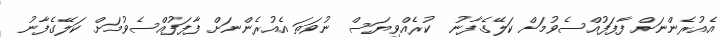
އެއުރެންނަށް ފާފަފުއްސެވުމަށް ކަލޭގެފާނު  ކުރެއްވިޔަސް ނުވަތަ އެއުރެންނަށް ފާފަފުއްސެވުމަށް ކަލޭގެފާނު